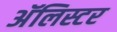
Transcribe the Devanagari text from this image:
अॅलिस्टर